Leaving Certificate, 1888
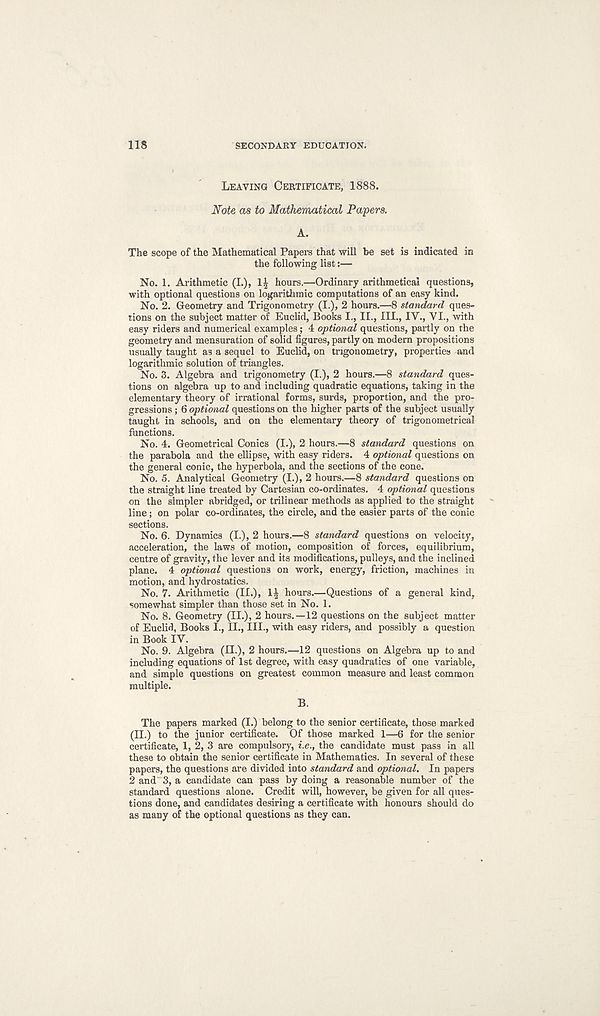
118
SECONDARY EDUCATION.
LEAVING CERTIFICATE, 1888.
Note as to Mathematical Papers.
The scope of the Mathematical Papers that will be set is indicated in
the following list:—
No. 1. Arithmetic (I.), 1| hours.—Ordinary arithmetical questions,
with optional questions on logarithmic computations of an easy kind.
No. 2. Geometry and Trigonometry (I.), 2 hours.—8 standard ques-
tions on the subject matter of Euclid, Books I., II., III., IV., VI., with
easy riders and numerical examples; 4 optional questions, partly on the
geometry and mensuration of solid figures, partly on modern propositions
usually taught as a sequel to Euclid, on trigonometry, properties and
logarithmic solution of triangles.
No. 3. Algebra and trigonometry (I.), 2 hours.—8 standard ques-
tions on algebra up to and including quadratic equations, taking in the
elementary theory of irrational forms, surds, proportion, and the pro-
gressions ; 6 optional questions on the higher parts of the subject usually
taught in schools, and on the elementary theory of trigonometrical
functions.
No. 4. Geometrical Conics (I.), 2 hours.—8 standard questions on
the parabola and the ellipse, with easy riders. 4 optional questions on
the general conic, the hyperbola, and the sections of the cone.
No. 5. Analytical Geometry (I.), 2 hours.—8 standard questions on
the straight line treated by Cartesian co-ordinates. 4 optional questions
on the simpler abridged, or trilinear methods as applied to the straight
line; on polar co-ordinates, the circle, and the easier parts of the conic
sections.
No. 6. Dynamics (I.), 2 hours.—8 standard questions on velocity,
acceleration, the laws of motion, composition of forces, equilibrium,
centre of gravity, the lever and its modifications, pulleys, and the inclined
plane. 4 optional questions on work, energy, friction, machines in
motion, and hydrostatics.
No. 7. Arithmetic (II.),
hours.—Questions of a general kind,
somewhat simpler than those set in No. 1.
No. 8. Geometry (II.), 2 hours.—12 questions on the subject matter
of Euclid, Books I., II., III., with easy riders, and possibly a question
in Book IV.
No. 9. Algebra (II.), 2 hours.—12 questions on Algebra up to and
including equations of 1st degree, with easy quadratics of one variable,
and simple questions on greatest common measure and least common
multiple.
B.
The papers marked (I.) belong to the senior certificate, those marked
(II.) to the junior certificate. Of those marked 1—6 for the senior
certificate, 1, 2, 3 are compulsory, i.e.t the candidate must pass in all
these to obtain the senior certificate in Mathematics. In several of these
papers, the questions are divided into standard and optional. In papers
2 and 3, a candidate can pass by doing a reasonable number of the
standard questions alone. Credit will, however, be given for all ques-
tions done, and candidates desiring a certificate with honours should do
as many of the optional questions as they can.